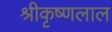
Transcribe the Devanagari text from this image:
श्रीकृष्णलाल